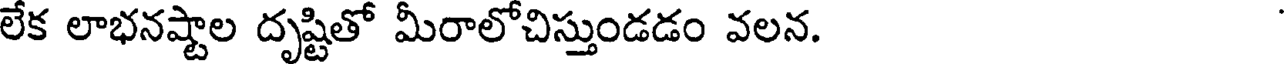
లేక లాభనష్టాల దృష్టితో మీరాలోచిస్తుండడం వలన.